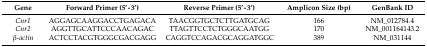
<table><thead><tr><td><b>Gene</b></td><td><b>Forward Primer (5’–3’)</b></td><td><b>Reverse Primer (5’–3’)</b></td><td><b>Amplicon Size (bp)</b></td><td><b>GenBank ID</b></td></tr></thead><tbody><tr><td><i>Cnr1</i></td><td>AGGAGCAAGGACCTGAGACA</td><td>TAACGGTGCTCTTGATGCAG</td><td>166</td><td>NM_012784.4</td></tr><tr><td><i>Cnr2</i></td><td>AGGTTGCATTCCCAACAGAC</td><td>TTAGTTCCTCTGGGCAATGG</td><td>170</td><td>NM_001164143.2</td></tr><tr><td><i>β-actin</i></td><td>ACTCCTACGTGGGCGACGAGG</td><td>CAGGTCCAGACGCAGGATGGC</td><td>389</td><td>NM_031144</td></tr></tbody></table>